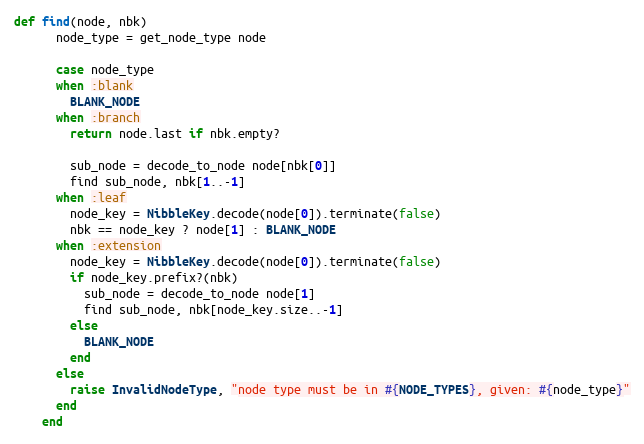
Language: Ruby
def find(node, nbk)
      node_type = get_node_type node

      case node_type
      when :blank
        BLANK_NODE
      when :branch
        return node.last if nbk.empty?

        sub_node = decode_to_node node[nbk[0]]
        find sub_node, nbk[1..-1]
      when :leaf
        node_key = NibbleKey.decode(node[0]).terminate(false)
        nbk == node_key ? node[1] : BLANK_NODE
      when :extension
        node_key = NibbleKey.decode(node[0]).terminate(false)
        if node_key.prefix?(nbk)
          sub_node = decode_to_node node[1]
          find sub_node, nbk[node_key.size..-1]
        else
          BLANK_NODE
        end
      else
        raise InvalidNodeType, "node type must be in #{NODE_TYPES}, given: #{node_type}"
      end
    end